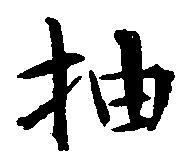
抽